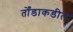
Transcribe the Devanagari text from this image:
तोँडाकडील